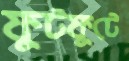
ফুটফুটে